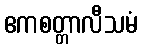
ဧကစတ္တာလီသမံ